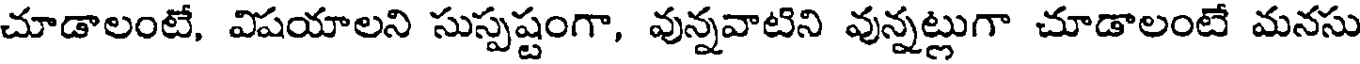
చూడాలంటే, విషయాలని సుస్పష్టంగా, వున్నవాటిని వున్నట్లుగా చూడాలంటే మనసు